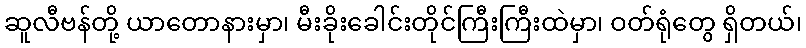
ဆူလီဗန်တို့ ယာတောနားမှာ၊ မီးခိုးခေါင်းတိုင်ကြီးကြီးထဲမှာ၊ ဝတ်ရုံတွေ ရှိတယ်၊